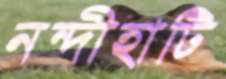
নন্দীহাটি